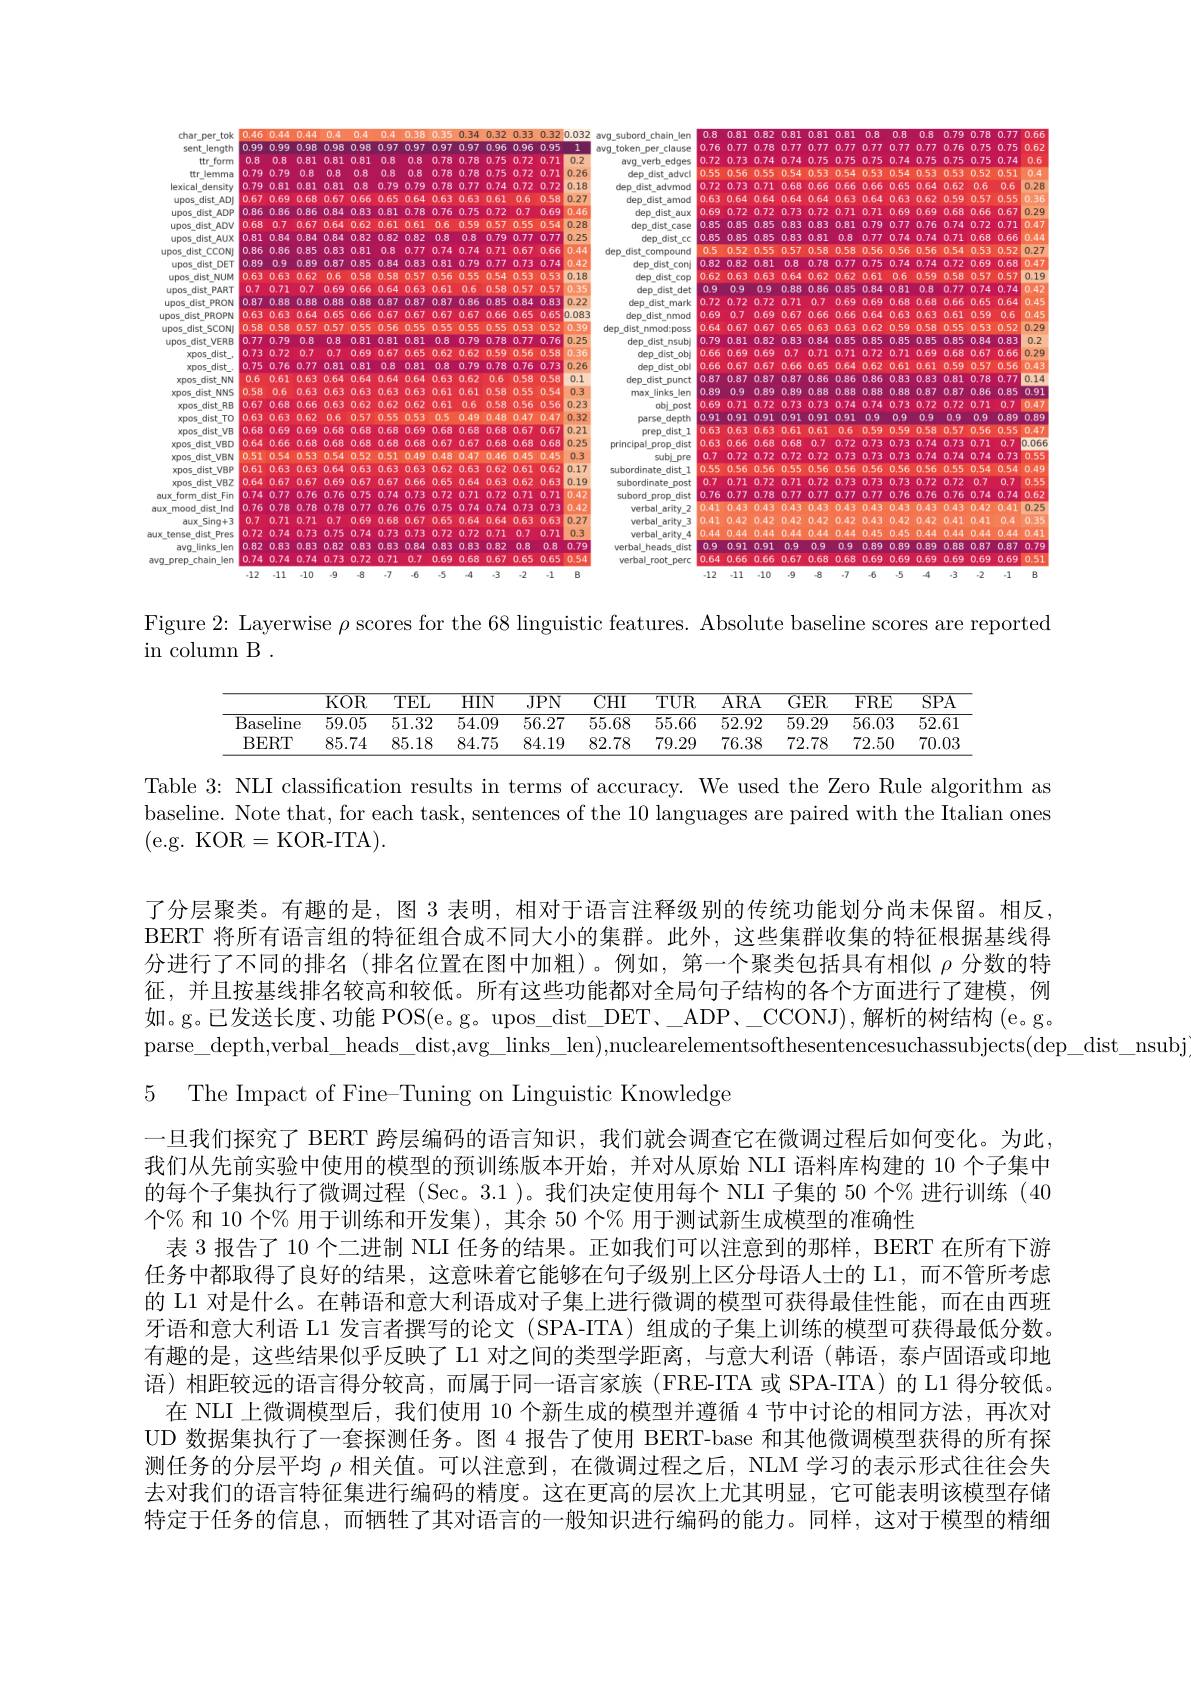
<FigureHere>

<FigureHere>

Figure 2: Layerwise $\rho$ scores for the 68 linguistic features. Absolute baseline scores are reported
in column B .

<table>
	<tbody>
		<tr>
			<th> </th>
			<th>$KOR$</th>
			<th>$TEL$</th>
			<th>$HIN$</th>
			<th>$JPN$</th>
			<th>${\mathrm{CHI}}$</th>
			<th>$\overline{\mathrm{TUR}}$</th>
			<th>$\overline{\mathrm{ARA}}$</th>
			<th>GER</th>
			<th>$FRE$</th>
			<th>$\overline{\mathrm{SPA}}$</th>
		</tr>
		<tr>
			<td>$\overline{\mathrm{Baseline}}$</td>
			<td>59.05</td>
			<td>51.32</td>
			<td>54.09</td>
			<td>56.27</td>
			<td>5.68</td>
			<td>55.66</td>
			<td>52.92</td>
			<td>59.29</td>
			<td>56.03</td>
			<td>$\overline{52.61}$</td>
		</tr>
		<tr>
			<td>BERT</td>
			<td>85.74</td>
			<td>85.18</td>
			<td>84.75</td>
			<td>34.19</td>
			<td>32.78</td>
			<td>79.29</td>
			<td>76.38</td>
			<td>72.78</td>
			<td>72.50</td>
			<td>70.05</td>
		</tr>
	</tbody>
</table>

Table 3: NLI classification results in terms of accuracy. We used the Zero Rule algorithm as baseline. Note that, for each task, sentences of the 10 languages are paired with the Italian ones (e.g. KOR=KOR-ITA).

了分层聚类。有趣的是，图 3 表明，相对于语言注释级别的传统功能划分尚未保留。相反， BERT 将所有语言组的特征组合成不同大小的集群。此外，这些集群收集的特征根据基线得分进行了不同的排名(排名位置在图中加粗)。例如，第一个聚类包括具有相似$\rho$分数的特征，并且按基线排名较高和较低。所有这些功能都对全局句子结构的各个方面进行了建模，例如。g。已发送长度、功能 POS(e。g。upos\_dist\_DET、—ADP、\_CCONJ),解析的树结构 (e。g。$parse\_depth,verbal\_heads\_dist,avg\_links\_len),nuclearelementsofthesentencesuchassubjects(dep\_dist\_nsubjeras_{-}dist\_nsubjeras_{-}dis_{-}dis_{-}dis_{-}dis_{-}dis_{-}dis_{-}dis_{-}dis_{-}dis_{-}dis_{-}dis_{-}dis_{-}dis_{-}dis_{-1}dis_{-}dis_{-}dis_{-}dis_{-}$
5 The Impact of Fine-Tuning on Linguistic Knowledge
一旦我们探究了 BERT 跨层编码的语言知识，我们就会调查它在微调过程后如何变化。为此， 我们从先前实验中使用的模型的预训练版本开始，并对从原始 NLI 语料库构建的 10 个子集中的每个子集执行了微调过程 (Sec。3.1 )。我们决定使用每个 NLI 子集的 50 个% 进行训练 (40个% 和 10 个% 用于训练和开发集),其余 50 个% 用于测试新生成模型的准确性
表 3 报告了 10 个二进制 NLI 任务的结果。正如我们可以注意到的那样，BERT 在所有下游任务中都取得了良好的结果，这意味着它能够在句子级别上区分母语人士的 L1,而不管所考虑的 L1 对是什么。在韩语和意大利语成对子集上进行微调的模型可获得最佳性能，而在由西班牙语和意大利语 L1 发言者撰写的论文 (SPA-ITA) 组成的子集上训练的模型可获得最低分数。有趣的是，这些结果似乎反映了 L1 对之间的类型学距离，与意大利语 (韩语，泰卢固语或印地语)相距较远的语言得分较高，而属于同一语言家族(FRE-ITA 或 SPA-ITA)的 L1 得分较低。
在 NLI 上微调模型后，我们使用 10 个新生成的模型并遵循 4 节中讨论的相同方法，再次对UD 数据集执行了一套探测任务。图 4 报告了使用 BERT-base 和其他微调模型获得的所有探测任务的分层平均$\rho$相关值。可以注意到，在微调过程之后，NLM 学习的表示形式往往会失去对我们的语言特征集进行编码的精度。这在更高的层次上尤其明显，它可能表明该模型存储特定于任务的信息，而牺牲了其对语言的一般知识进行编码的能力。同样，这对于模型的精细